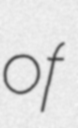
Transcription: of